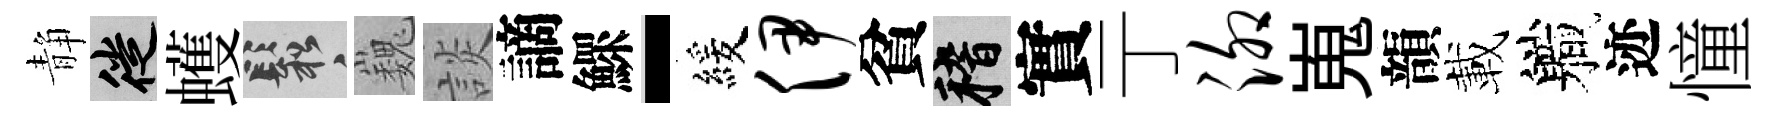
静徙蠖鬆巍談謫鰥-緩伊貧稽實亍泖嵬韻載軄迹憧